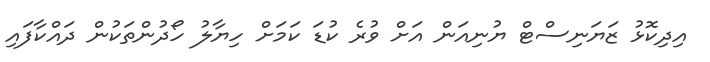
އިދިކޮޅު ޒަޔަނިސްޓް ޔުނިއަން އަށް ވުރެ ކުޑަ ކަމަށް ހިޔާލު ހޯދުންތަކުން ދައްކާފައި